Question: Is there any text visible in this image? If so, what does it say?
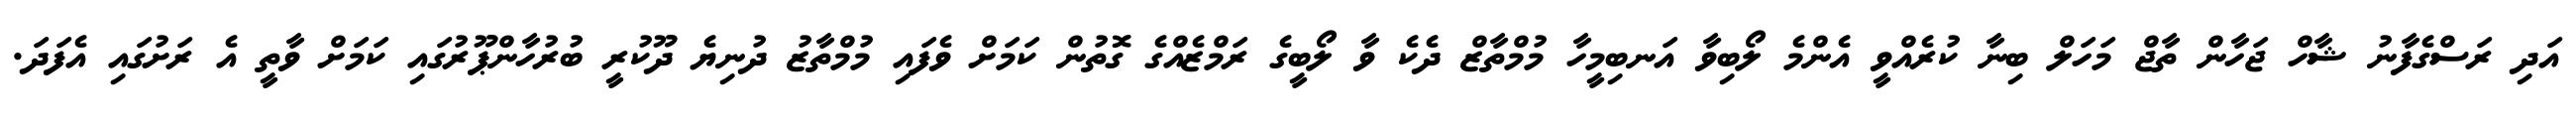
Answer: އަދި ރަސްގެފާނު ޝާހް ޖަހާން ތާޖް މަހަލް ބިނާ ކުރެއްވީ އެންމެ ލޯބިވާ އަނބިމީހާ މުމްތާޒް ދެކެ ވާ ލޯބީގެ ރަމްޒެއްގެ ގޮތުން ކަމަށް ވެފައި މުމްތާޒު ދުނިޔެ ދޫކުރީ ބުރުހާންޕޫރުގައި ކަމަށް ވާތީ އެ ރަށުގައި އެފަދަ.